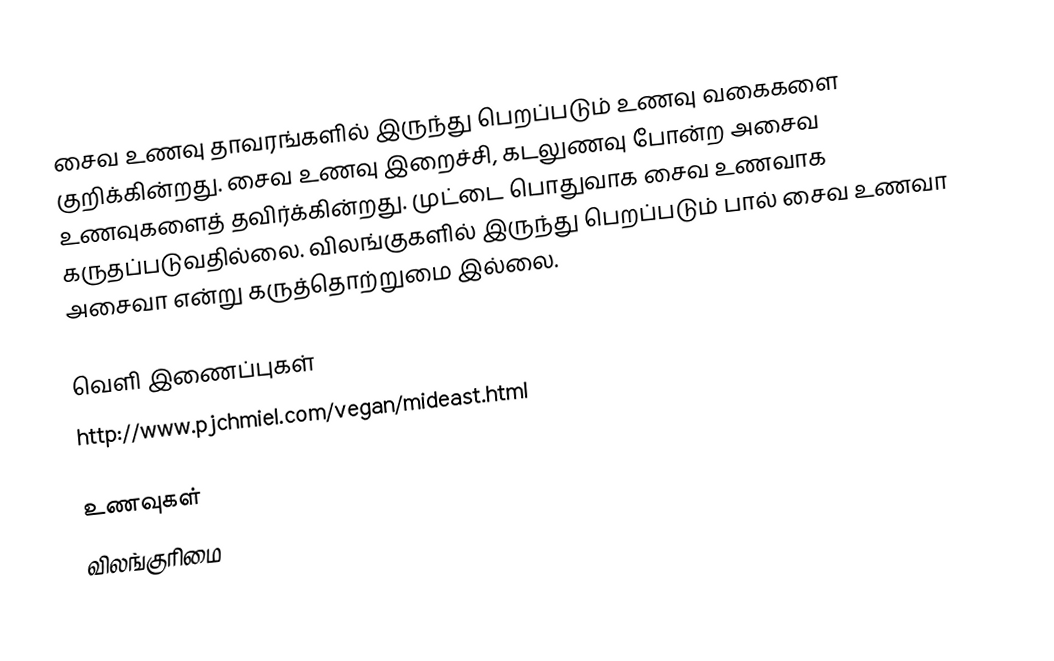
சைவ உணவு தாவரங்களில் இருந்து பெறப்படும் உணவு வகைகளை குறிக்கின்றது.  சைவ உணவு இறைச்சி, கடலுணவு போன்ற அசைவ உணவுகளைத் தவிர்க்கின்றது.  முட்டை பொதுவாக சைவ உணவாக கருதப்படுவதில்லை.  விலங்குகளில் இருந்து பெறப்படும் பால் சைவ உணவா அசைவா என்று கருத்தொற்றுமை இல்லை.

வெளி இணைப்புகள்
 http://www.pjchmiel.com/vegan/mideast.html

உணவுகள்
விலங்குரிமை